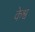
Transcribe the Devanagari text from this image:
केश्व